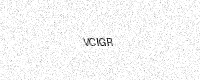
Text: VCIGR